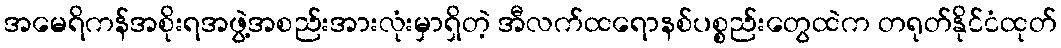
အမေရိကန်အစိုးရအဖွဲ့အစည်းအားလုံးမှာရှိတဲ့ အီလက်ထရောနစ်ပစ္စည်းတွေထဲက တရုတ်နိုင်ငံထုတ်